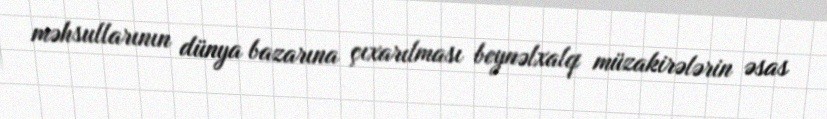
məhsullarının dünya bazarına çıxarılması beynəlxalq müzakirələrin əsas